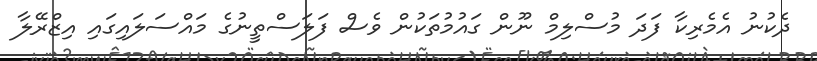
ދެކުނު އެމެރިކާ ފަދަ މުސްލިމް ނޫން ގައުމުތަކުން ވެސް ފަލަސްތީނުގެ މައްސަލައިގައި އިޒްރޭލާ